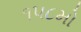
૧૫૮મો